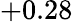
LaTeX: +0.28